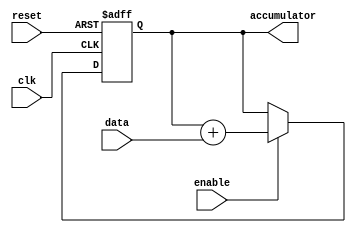
module accumulator (
    input wire clk,
    input wire reset,
    input wire enable,
    input wire [15:0] data,
    output reg [15:0] accumulator
);

always @(posedge clk or posedge reset)
begin
    if (reset)
        accumulator <= 16'b0;
    else if (enable)
        accumulator <= accumulator + data;
end

endmodule